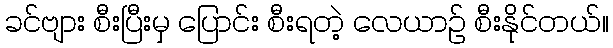
ခင်ဗျား စီးပြီးမှ ပြောင်း စီးရတဲ့ လေယာဉ် စီးနိုင်တယ်။